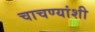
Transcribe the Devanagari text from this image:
चाचण्यांशी